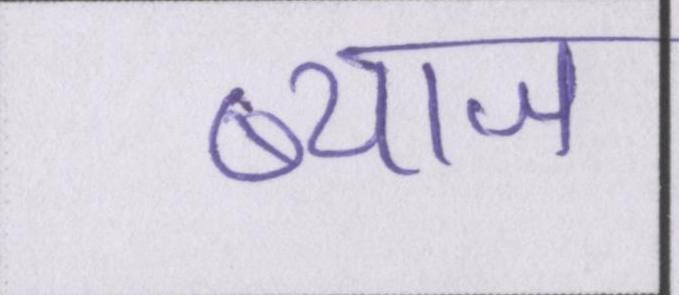
ब्याज